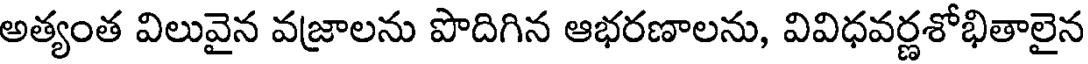
అత్యంత విలువైన వజ్రాలను పొదిగిన ఆభరణాలను, వివిధవర్ణశోభితాలైన